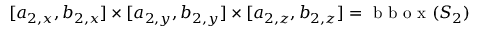
[ a _ { 2 , x } , b _ { 2 , x } ] \times [ a _ { 2 , y } , b _ { 2 , y } ] \times [ a _ { 2 , z } , b _ { 2 , z } ] = \mathrm { ~ b ~ b ~ o ~ x ~ } ( S _ { 2 } )